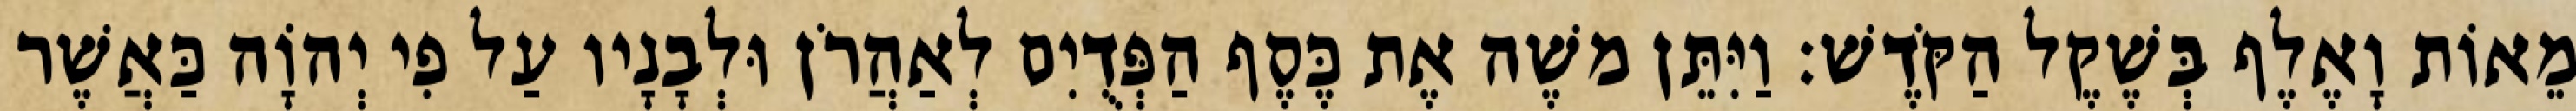
מֵאוֹת וָאֶלֶף בְּשֶׁקֶל הַקֹּדֶשׁ׃ וַיִּתֵּן משֶׁה אֶת כֶּסֶף הַפְּדֻיִם לְאַהֲרֹן וּלְבָנָיו עַל פִי יְהוָֹה כַּאֲשֶׁר